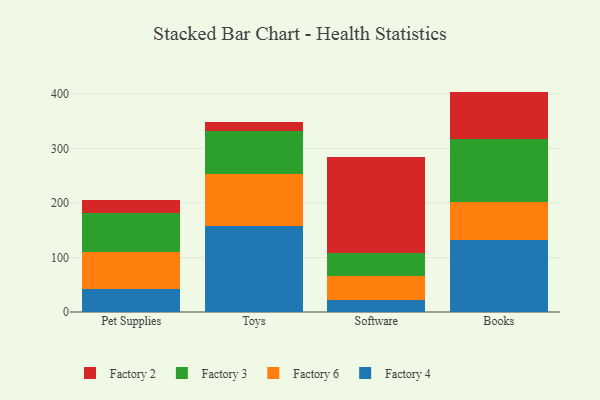
{"axis": {"x": "Category", "y": "Revenue (USD Million)"}, "legend": ["Factory 2", "Factory 3", "Factory 4", "Factory 6"], "data": [{"x": "Pet Supplies", "y": 41.4, "type": "Factory 4"}, {"x": "Pet Supplies", "y": 69.1, "type": "Factory 6"}, {"x": "Pet Supplies", "y": 70.5, "type": "Factory 3"}, {"x": "Pet Supplies", "y": 25.0, "type": "Factory 2"}, {"x": "Toys", "y": 158.2, "type": "Factory 4"}, {"x": "Toys", "y": 94.2, "type": "Factory 6"}, {"x": "Toys", "y": 79.8, "type": "Factory 3"}, {"x": "Toys", "y": 16.2, "type": "Factory 2"}, {"x": "Software", "y": 21.2, "type": "Factory 4"}, {"x": "Software", "y": 44.9, "type": "Factory 6"}, {"x": "Software", "y": 41.9, "type": "Factory 3"}, {"x": "Software", "y": 176.9, "type": "Factory 2"}, {"x": "Books", "y": 132.7, "type": "Factory 4"}, {"x": "Books", "y": 68.5, "type": "Factory 6"}, {"x": "Books", "y": 115.8, "type": "Factory 3"}, {"x": "Books", "y": 87.2, "type": "Factory 2"}]}